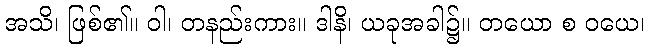
အသိ၊ ဖြစ်၏။ ဝါ၊ တနည်းကား။ ဒါနိ၊ ယခုအခါ၌။ တယော စ ဝယေ၊